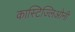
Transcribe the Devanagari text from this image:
कास्टिज्लिओनी